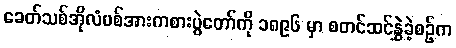
ခေတ်သစ်အိုလံပစ်အားကစားပွဲတော်ကို ၁၈၉၆ မှာ စတင်ဆင်နွှဲခဲ့စဉ်က